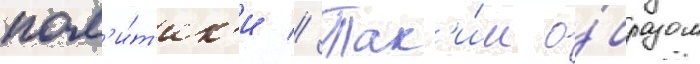
пол'и́т'ик'и // Так'и́м о́бразом